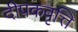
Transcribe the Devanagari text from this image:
दीपकवृत्ति